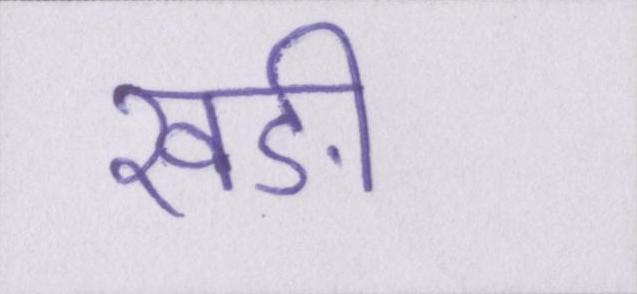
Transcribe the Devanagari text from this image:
खङी